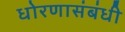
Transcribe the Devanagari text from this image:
धोरणासंबंधी